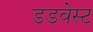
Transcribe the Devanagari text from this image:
डडवेस्ट